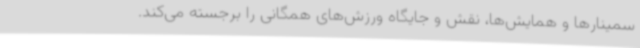
سمینارها و همایش‌ها، نقش و جایگاه ورزش‌های همگانی را برجسته می‌کند.